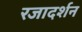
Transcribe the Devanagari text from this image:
रजादर्शन